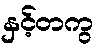
နှင့်တကွ